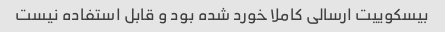
بیسکوییت ارسالی کاملا خورد شده بود و قابل استفاده نیست